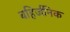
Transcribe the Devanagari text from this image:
बहिर्जनिक